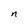
Character: n